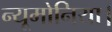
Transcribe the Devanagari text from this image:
न्यूमोनिया।